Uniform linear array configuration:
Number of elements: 64
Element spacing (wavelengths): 0.75
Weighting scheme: cosine
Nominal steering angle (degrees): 60
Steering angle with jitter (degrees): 60.352
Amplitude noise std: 0.05
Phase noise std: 0.05

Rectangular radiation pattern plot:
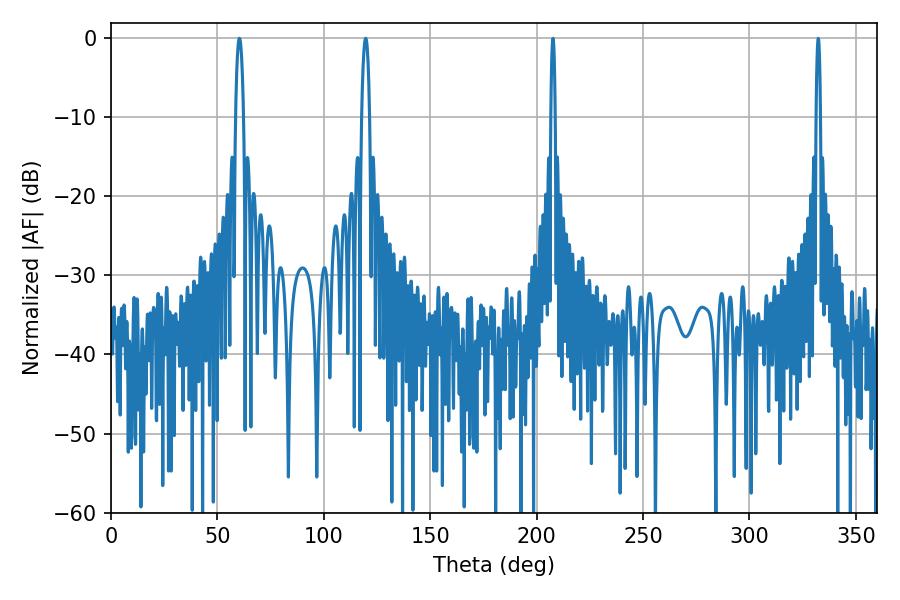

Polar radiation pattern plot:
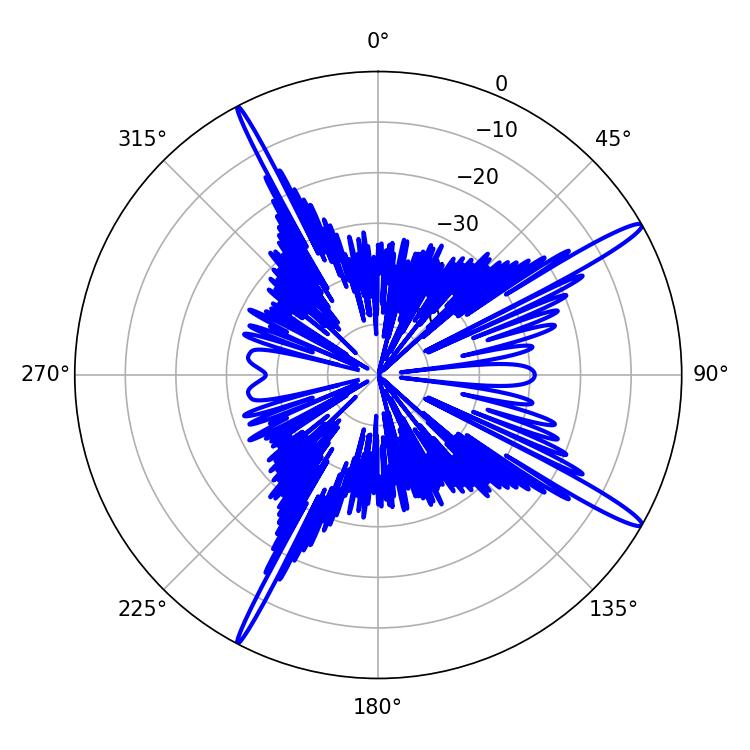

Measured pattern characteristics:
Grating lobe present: TRUE
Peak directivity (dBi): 15.889
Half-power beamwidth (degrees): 1.98
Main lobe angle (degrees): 60.3